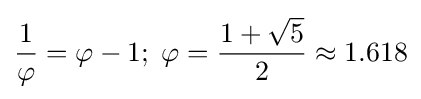
{\frac {1}{\varphi }}=\varphi -1;\;\varphi ={\frac {1+{\sqrt {5}}}{2}}\approx 1.618